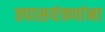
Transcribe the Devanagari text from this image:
तपासयंत्रणांना